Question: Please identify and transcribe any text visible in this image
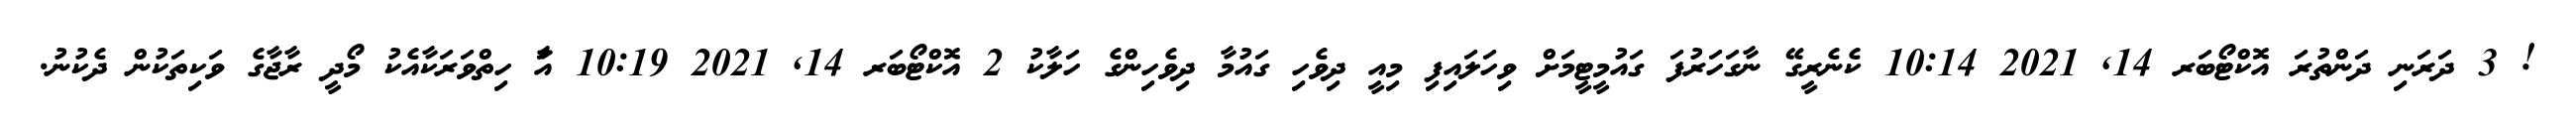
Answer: ! 3 ދަރަނި ދަންތުރަ އޮކްޓޯބަރ 14, 2021 10:14 ކެނެރީގޭ ނާގަހަރުފަ ގައުމީޓީމަށް ވިހަލައިފި މިއީ ދިވެހި ގައުމާ ދިވެހިންގެ ހަލާކު 2 އޮކްޓޯބަރ 14, 2021 10:19 އަާ ހިތްވަރަކާއެކު މޯދީ ރާޖާގެ ވަކިތަކުން ދެކުނު.